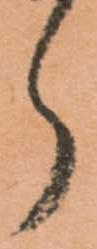
郎